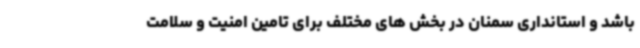
باشد و استانداری سمنان در بخش های مختلف برای تامین امنیت و سلامت